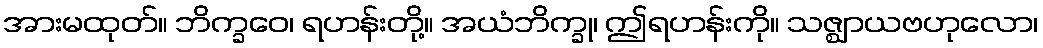
အားမထုတ်။ ဘိက္ခဝေ၊ ရဟန်းတို့။ အယံဘိက္ခု၊ ဤရဟန်းကို။ သဇ္ဈာယဗဟုလော၊